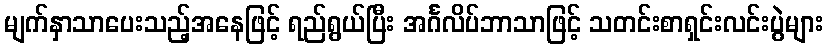
မျက်နှာသာပေးသည့်အနေဖြင့် ရည်ရွယ်ပြီး အင်္ဂလိပ်ဘာသာဖြင့် သတင်းစာရှင်းလင်းပွဲများ